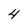
Character: 4